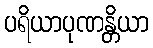
ပရိယာပုဏန္တိယာ